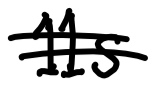
Text: 11S
Cross-out: mix
Writing tool: digital_black